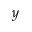
y